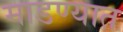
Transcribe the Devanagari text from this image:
माडण्यात